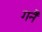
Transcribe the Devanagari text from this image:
गनैं